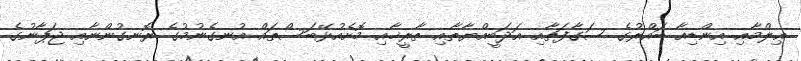
ޢިލްމާއި އިންޑިއާ ބައްރުގެ ސަގާފަތާއި އަދަބީއްޔާތާއި ތާރީޚާއި މޮށެއުޅޭބަސްތައް އުނގެނުމުގެ ރޮނގުންނާއި ޖަޕާނުގެ